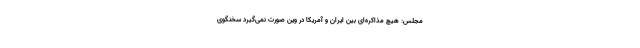
مجلس: هیچ مذاکره‌ای بین ایران و آمریکا در وین صورت نمی‌گیرد سخنگوی